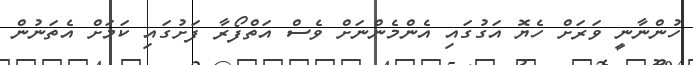
ހުންނާނީ ވަރަށް ހެޔޮ އަގުގައި އެންމެންނަށް ވެސް އަތްފޯރާ ފަށުގައި ކަމަށް އެތަނުން